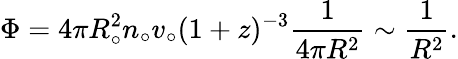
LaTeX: \Phi=4\pi R_{\circ}^{2}n_{\circ}v_{\circ}(1+z)^{-3}{\frac{1}{4\pi R^{2}}}\sim{\frac{1}{R^{2}}}.